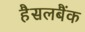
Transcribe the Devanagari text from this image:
हैसलबैंक